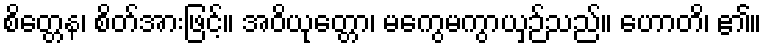
စိတ္တေန၊ စိတ်အားဖြင့်။ အဝိယုတ္တော၊ မကွေမကွာယှဉ်သည်။ ဟောတိ၊ ၏။